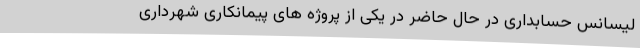
لیسانس حسابداری در حال حاضر در یکی از پروژه های پیمانکاری شهرداری